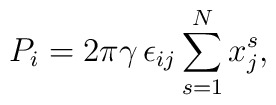
P_{i}=2\pi \gamma \, \epsilon_{ij}\sum_{s=1}^{N}x_{j}^{s},